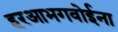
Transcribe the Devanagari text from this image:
हरआभगवोईना